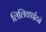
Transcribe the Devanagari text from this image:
लिलिव्हाईटने